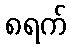
၈ရက်